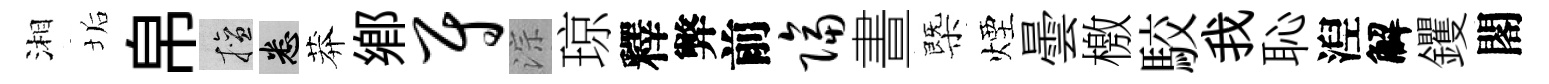
湘垢帛擅悉莽鄉尉淙琼釋弊前隔晝㮣煙曇檄駮我恥湼解钁閣